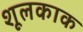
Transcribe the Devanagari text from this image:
शूलकाक